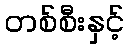
တစ်စီးနှင့်